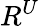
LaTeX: R^{U}